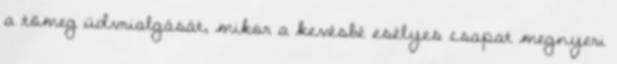
a tömeg üdvrialgását, mikor a kevésbé esélyes csapat megnyeri